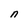
Character: n